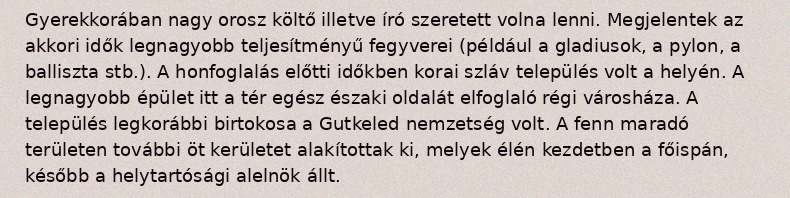
Gyerekkorában nagy orosz költő illetve író szeretett volna lenni. Megjelentek az akkori idők legnagyobb teljesítményű fegyverei (például a gladiusok, a pylon, a balliszta stb.). A honfoglalás előtti időkben korai szláv település volt a helyén. A legnagyobb épület itt a tér egész északi oldalát elfoglaló régi városháza. A település legkorábbi birtokosa a Gutkeled nemzetség volt. A fenn maradó területen további öt kerületet alakítottak ki, melyek élén kezdetben a főispán, később a helytartósági alelnök állt.